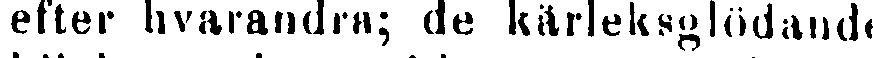
efter hvarandra; de kärleksglödande